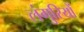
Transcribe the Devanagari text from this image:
लंगुरियों